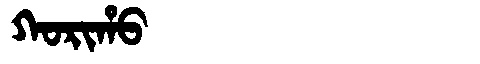
Manchu: ᡴᠣᡵᡳᡥᠣ
Romanization: KORIHO